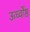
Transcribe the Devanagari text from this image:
ऊर्ध्वोष्ठ